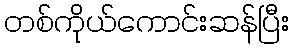
တစ်ကိုယ်ကောင်းဆန်ပြီး